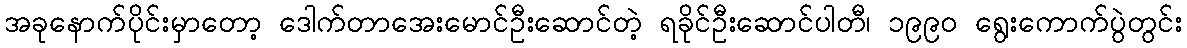
အခုနောက်ပိုင်းမှာတော့ ဒေါက်တာအေးမောင်ဦးဆောင်တဲ့ ရခိုင်ဦးဆောင်ပါတီ၊ ၁၉၉၀ ရွေးကောက်ပွဲတွင်း